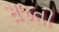
સજતી